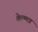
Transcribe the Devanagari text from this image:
तेल्ग्मन्न